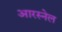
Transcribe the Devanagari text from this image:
आरस्नेल